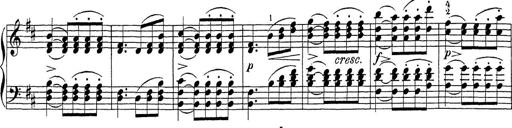
Title: Sonatina Album
Composer: Louis KÃ¶hler